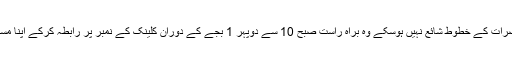
نوٹ:جن خواتین و حضرات کے خطوط شائع نہیں ہوسکے وہ براہ راست صبح 10 سے دوپہر 1 بجے کے دوران کلینک کے نمبر پر رابطہ کرکے اپنا مسئلہ بیان کرسکتے ہیں۔